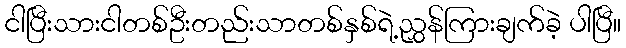
ငါပြီးသားငါတစ်ဦးတည်းသာတစ်နှစ်ရဲ့ညွှန်ကြားချက်ခဲ့ ပါပြီ။